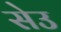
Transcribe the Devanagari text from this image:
सेउ